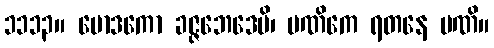
၁၁၁၃။ မောဒကော ခဇ္ဇဘေဒေပိ၊ မဏိကေ ရတနေ မဏိ။